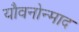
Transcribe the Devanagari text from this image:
यौवनोन्माद